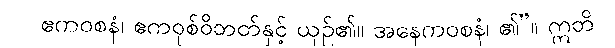
ဧကဝစနံ၊ ဧကဝုစ်ဝိဘတ်နှင့် ယှဉ်၏။ အနေကဝစနံ၊ ၏”။ ဣတိ